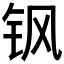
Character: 𮷻